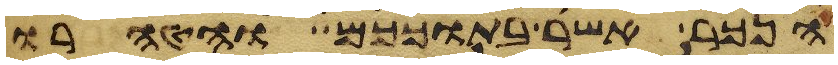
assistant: הנכר אשר בתוככם והטהרו